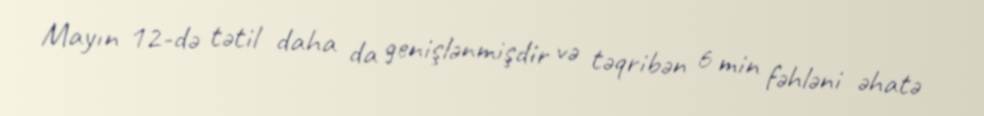
Mayın 12-də tətil daha da genişlənmişdir və təqribən 6 min fəhləni əhatə